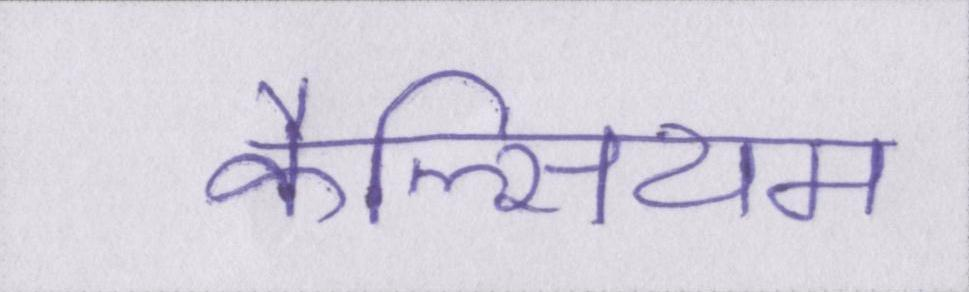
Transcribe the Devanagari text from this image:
कैल्सियम